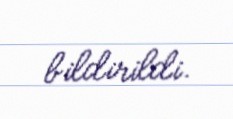
bildirildi.